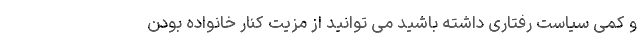
و کمی سیاست رفتاری داشته باشید می توانید از مزیت کنار خانواده بودن